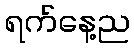
ရက်နေ့ည